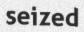
seized